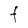
Character: F